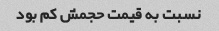
نسبت به قیمت حجمش کم بود